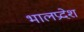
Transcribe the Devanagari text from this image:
भालप्रदेश